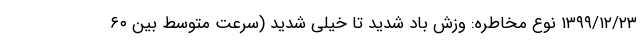
۱۳۹۹/۱۲/۲۳ نوع مخاطره: وزش باد شدید تا خیلی شدید (سرعت متوسط بین ۶۰